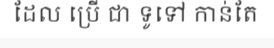
ដែល ប្រើ ជា ទូទៅ កាន់តែ